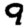
Digit: 9